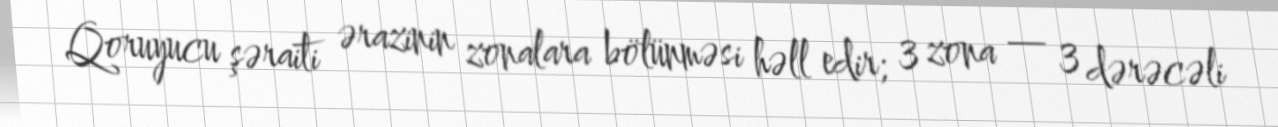
Qoruyucu şəraiti ərazinin zonalara bölünməsi həll edir; 3 zona — 3 dərəcəli